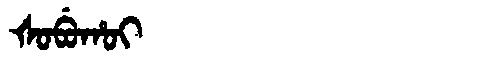
Manchu: ᡧᠣᠪᡠᡥᠣᡳ
Romanization: ŠOBUHOI